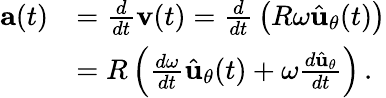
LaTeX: {\begin{array}{rl}{\mathbf{a}(t)}&{={\frac{d}{dt}}\mathbf{v}(t)={\frac{d}{dt}}\left(R\omega{\hat{\mathbf{u}}}_{\theta}(t)\right)}\\ &{=R\left({\frac{d\omega}{dt}}{\hat{\mathbf{u}}}_{\theta}(t)+\omega{\frac{d{\hat{\mathbf{u}}}_{\theta}}{dt}}\right)\, .}\end{array}}